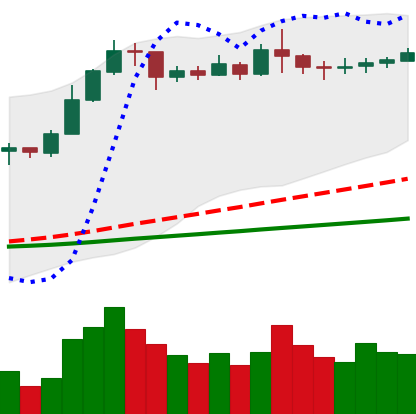
Ticker: ETC-USD
Chart end date: 2020-02-12
Forward return: -21.506%
Label: down_7plus